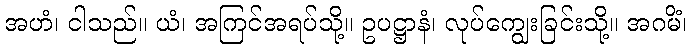
အဟံ၊ ငါသည်။ ယံ၊ အကြင်အရပ်သို့။ ဥပဋ္ဌာနံ၊ လုပ်ကျွေးခြင်းသို့။ အဂမိံ၊